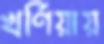
খর্ণিয়ায়